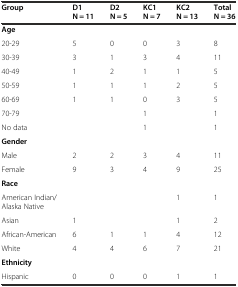
<table><thead><tr><td><b>Group</b></td><td><b>D1 N = 11</b></td><td><b>D2 N = 5</b></td><td><b>KC1 N = 7</b></td><td><b>KC2 N = 13</b></td><td><b>Total N = 36</b></td></tr></thead><tbody><tr><td><b>Age</b></td><td></td><td></td><td></td><td></td><td></td></tr><tr><td>20-29</td><td>5</td><td>0</td><td>0</td><td>3</td><td>8</td></tr><tr><td>30-39</td><td>3</td><td>1</td><td>3</td><td>4</td><td>11</td></tr><tr><td>40-49</td><td>1</td><td>2</td><td>1</td><td>1</td><td>5</td></tr><tr><td>50-59</td><td>1</td><td>1</td><td>1</td><td>2</td><td>5</td></tr><tr><td>60-69</td><td>1</td><td>1</td><td>0</td><td>3</td><td>5</td></tr><tr><td>70-79</td><td></td><td></td><td>1</td><td></td><td>1</td></tr><tr><td>No data</td><td></td><td></td><td>1</td><td></td><td>1</td></tr><tr><td><b>Gender</b></td><td></td><td></td><td></td><td></td><td></td></tr><tr><td>Male</td><td>2</td><td>2</td><td>3</td><td>4</td><td>11</td></tr><tr><td>Female</td><td>9</td><td>3</td><td>4</td><td>9</td><td>25</td></tr><tr><td><b>Race</b></td><td></td><td></td><td></td><td></td><td></td></tr><tr><td>American Indian/Alaska Native</td><td></td><td></td><td></td><td>1</td><td>1</td></tr><tr><td>Asian</td><td>1</td><td></td><td></td><td>1</td><td>2</td></tr><tr><td>African-American</td><td>6</td><td>1</td><td>1</td><td>4</td><td>12</td></tr><tr><td>White</td><td>4</td><td>4</td><td>6</td><td>7</td><td>21</td></tr><tr><td><b>Ethnicity</b></td><td></td><td></td><td></td><td></td><td></td></tr><tr><td>Hispanic</td><td>0</td><td>0</td><td>0</td><td>1</td><td>1</td></tr></tbody></table>